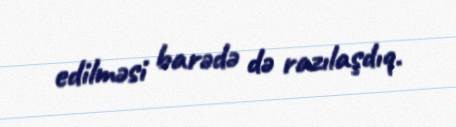
edilməsi barədə də razılaşdıq.